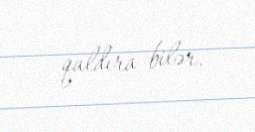
qaldıra bilər.